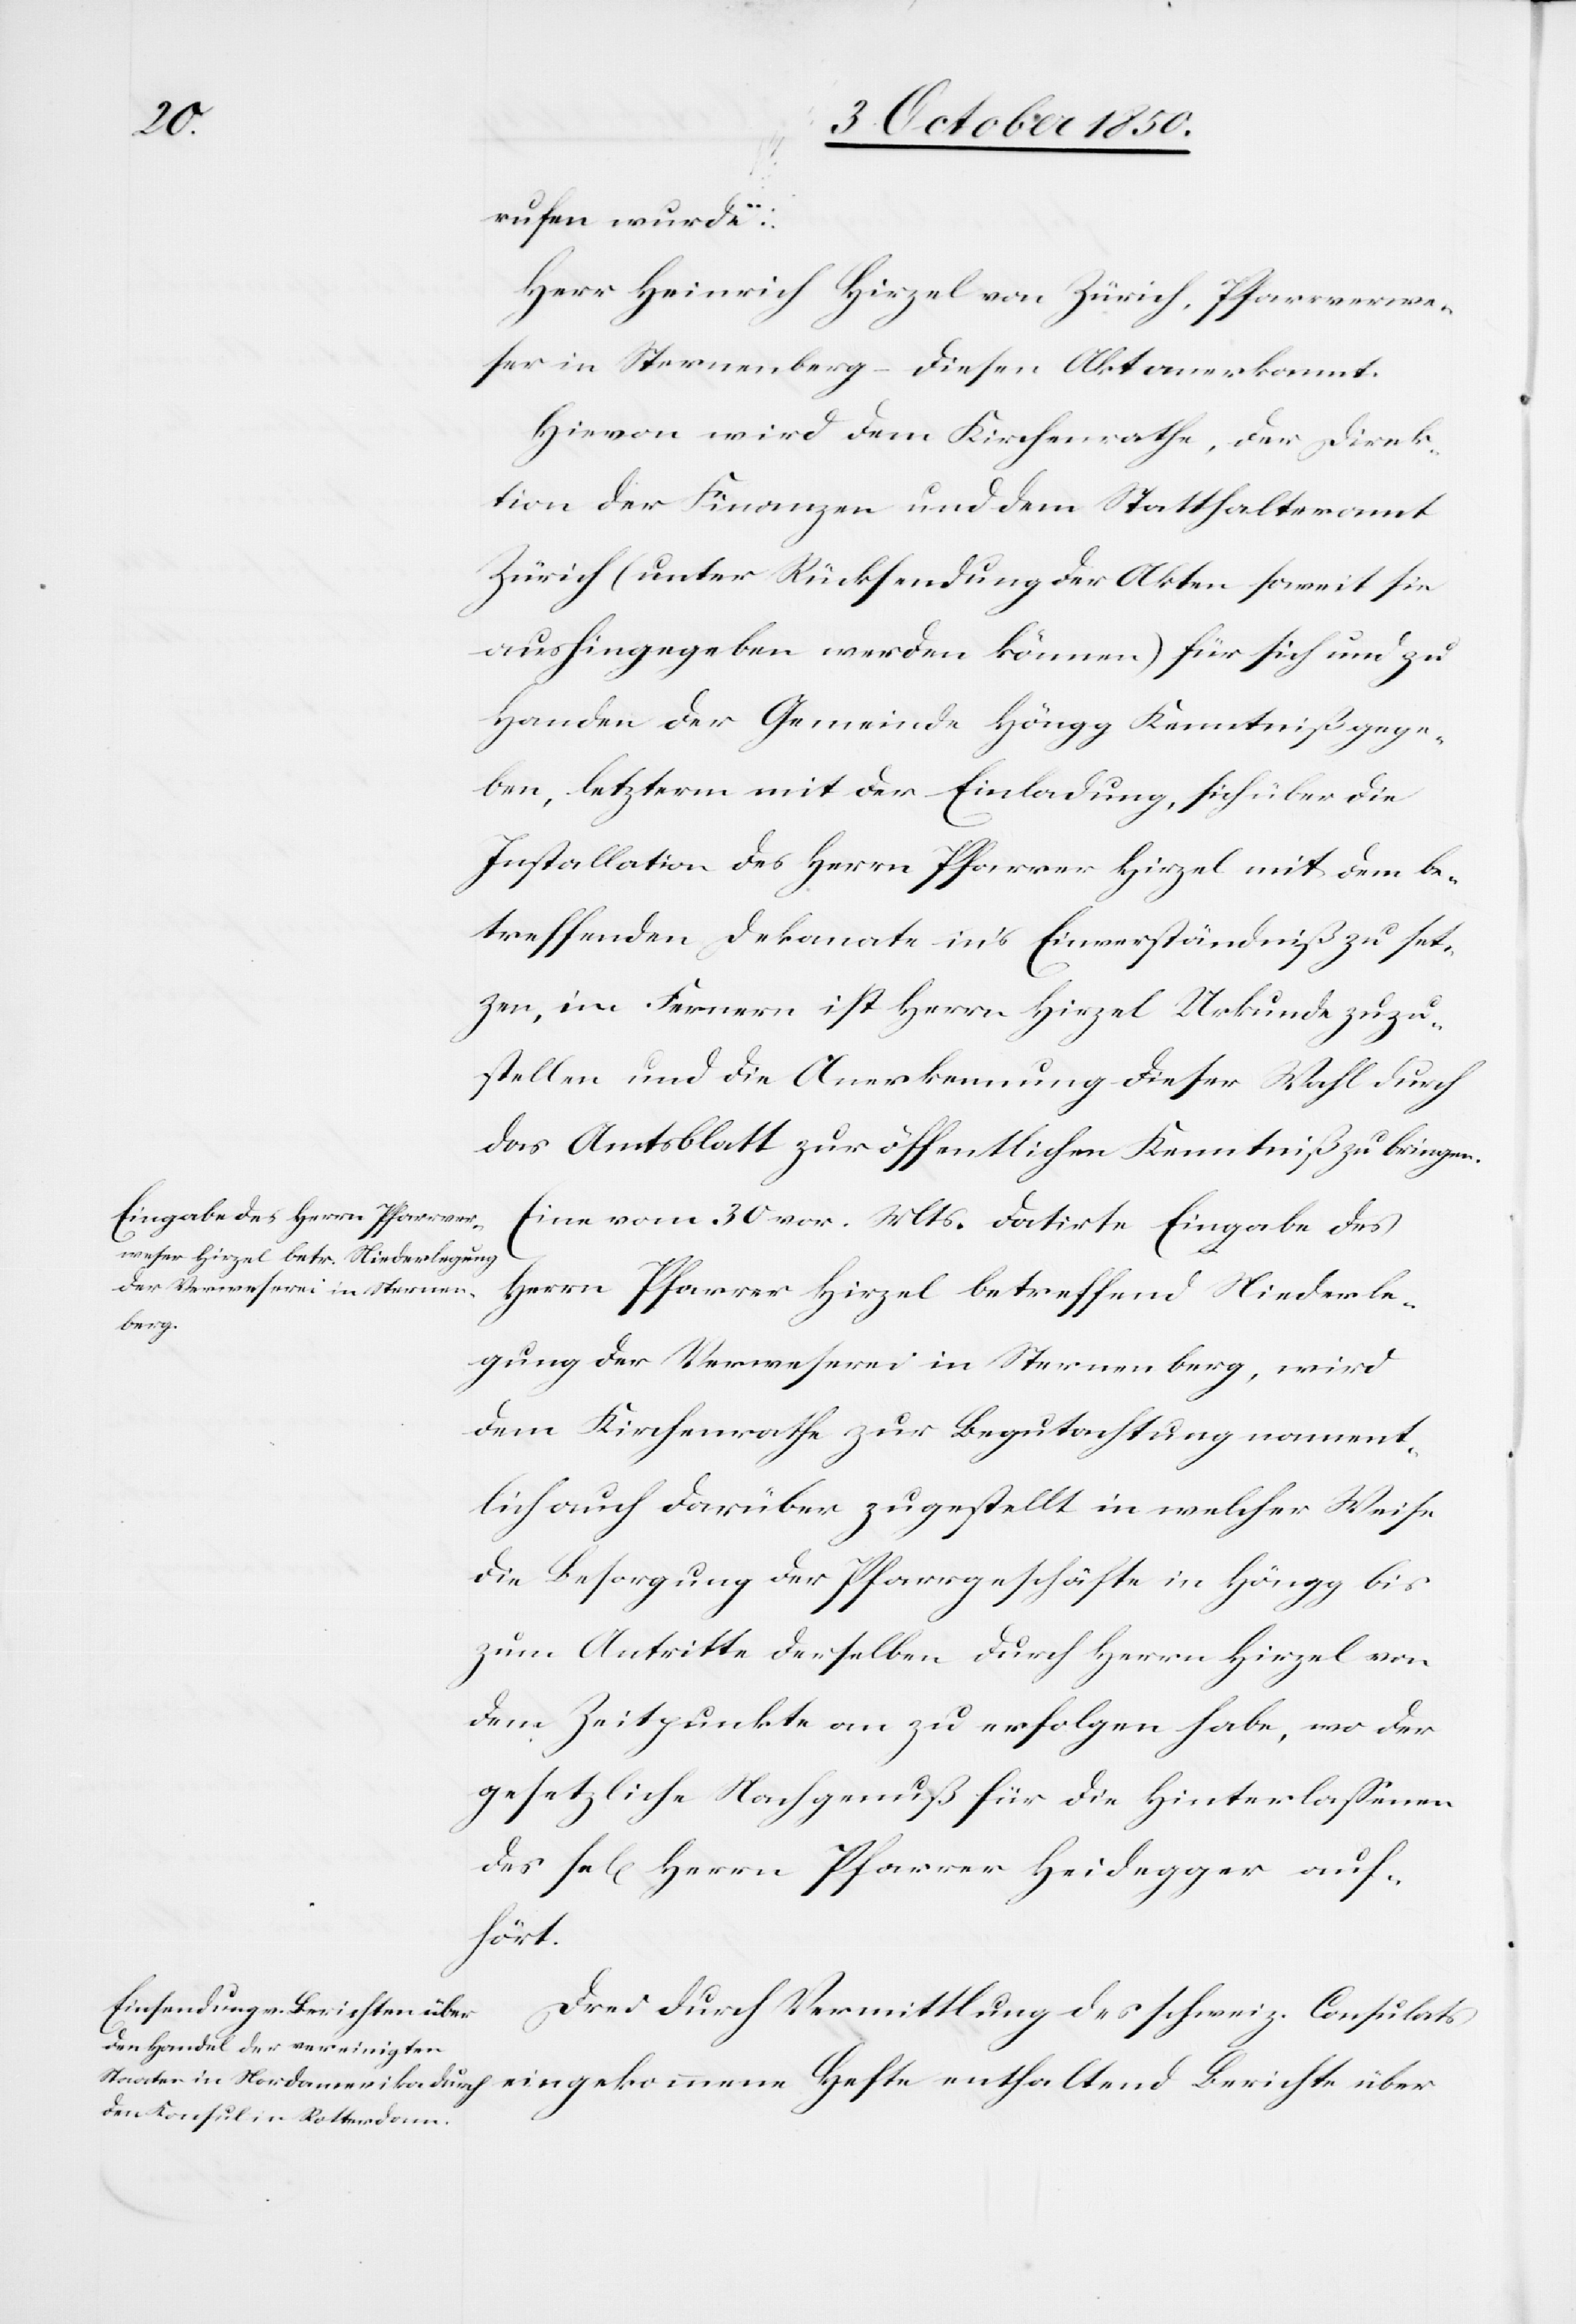
rufen wurde:
Herr Heinrich Hirzel von Zürich, Pfarrverwe¬
ser in Sternenberg – Diesen Akt anerkannt.
Hievon wird dem Kirchenrathe, der Direk¬
tion der Finanzen und dem Statthalteramt
Zürich (unter Rücksendung der Akten soweit sie
aushingegeben werden können) für sich und zu
Handen der Gemeinde Höngg Kenntniß gege¬
ben, letzterm mit der Einladung, sich über die
Installation des Herrn Pfarrer Hirzel mit dem be¬
treffenden Dekanate in’s Einverständniß zu set¬
zen, im Fernern ist Herrn Hirzel Urkunde zuzu¬
stellen und die Anerkennung dieser Wahl durch
das Amtsblatt zur öffentlichen Kenntniß zu bringen.
Eine vom 30 vor. Mts. datirte Eingabe des
Herrn Pfarrer Hirzel betreffend Niederle¬
gung der Verweserei in Sternenberg, wird
dem Kirchenrathe zur Begutachtung nament¬
lich auch darüber zugestellt in welcher Weise
die Besorgung der Pfarrgeschäfte in Höngg bis
zum Antritte derselben durch Herrn Hirzel von
dem Zeitpunkte an zu erfolgen habe, wo der
gesetzliche Nachgenuß für die Hinterlassenen
des sel[igen] Herrn Pfarrer Heidegger auf¬
hört.
Drei durch Vermittlung des schweiz. Consulats
eingekommene Hefte enthaltend Berichte über